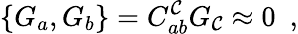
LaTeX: \{ G_{a},G_{b}\} =C_{ab}^{\mathcal{C}}G_{\mathcal{C}}\approx0\, \, \, ,